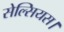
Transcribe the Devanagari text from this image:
सेल्सियस।